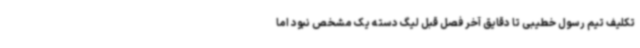
تکلیف تیم رسول خطیبی تا دقایق آخر فصل قبل لیگ دسته یک مشخص نبود اما